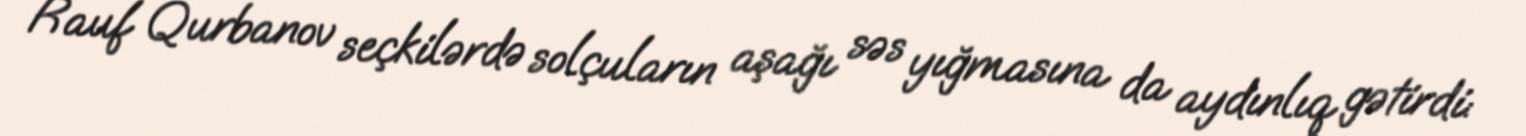
Rauf Qurbanov seçkilərdə solçuların aşağı səs yığmasına da aydınlıq gətirdi: